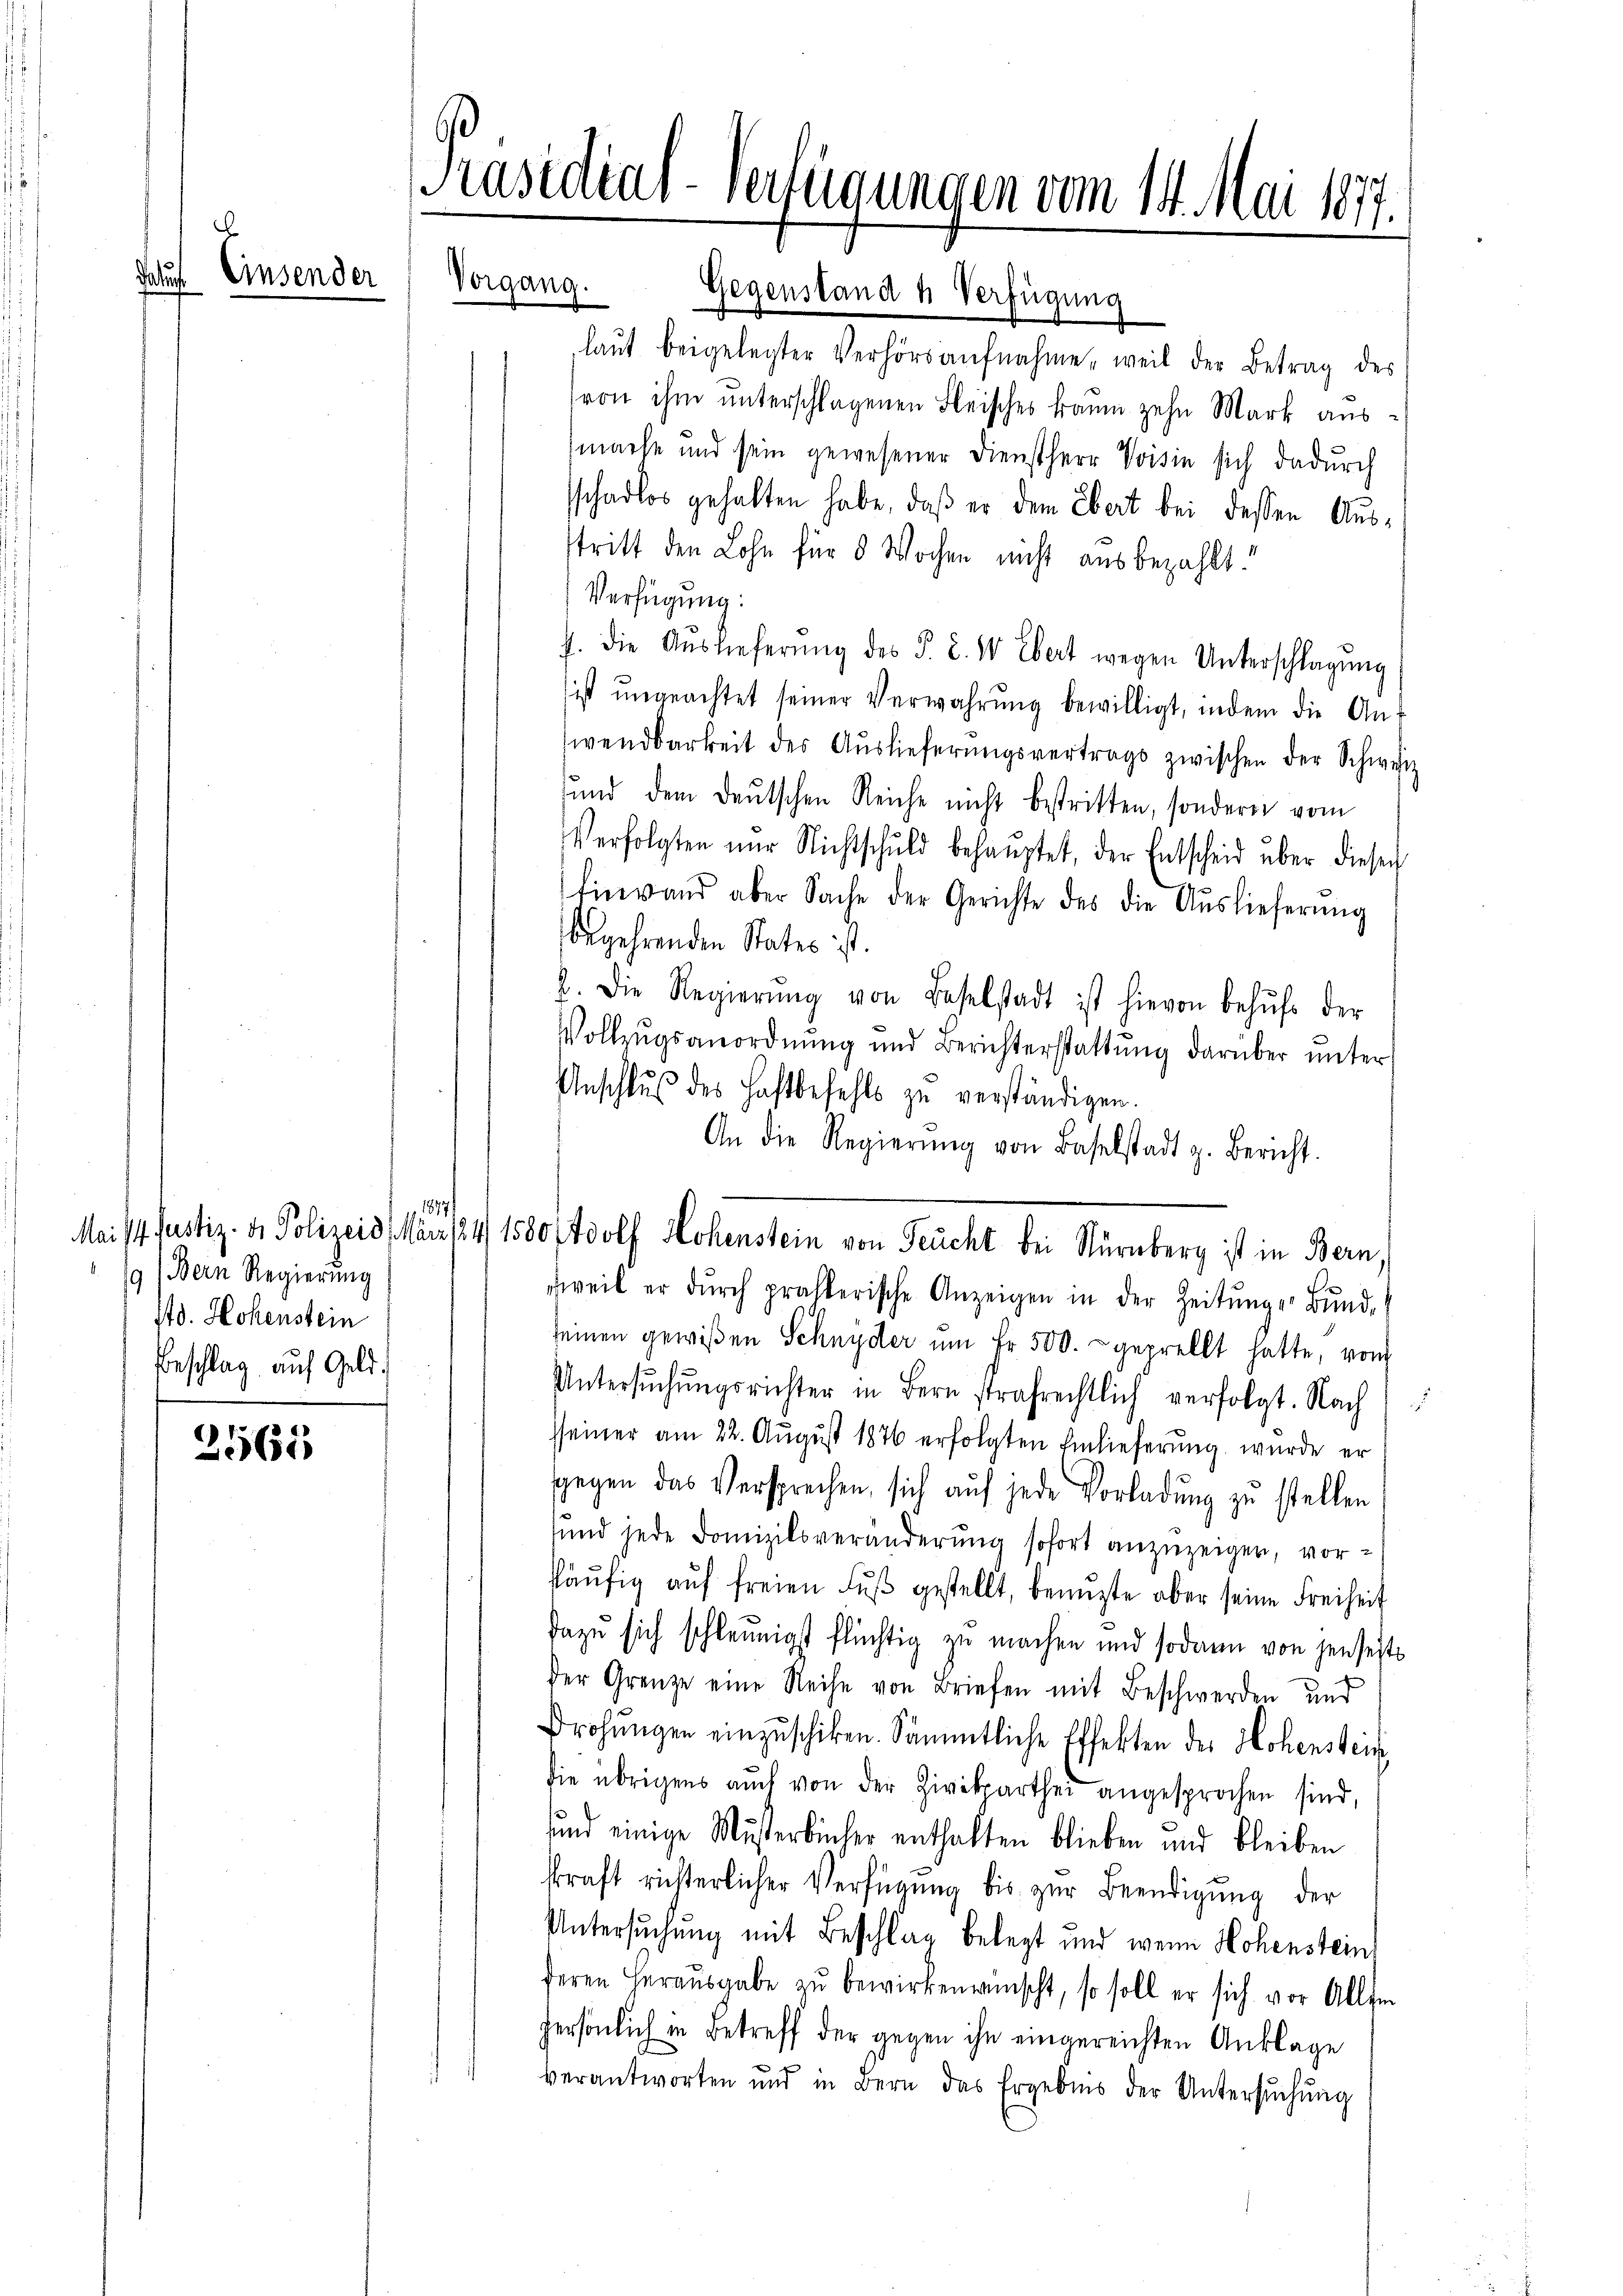
da

Einsender

9 (Bern Regierung
10. Hohenstein
Beschlag auf Geld.

2561

Vorgang.

Gegenstand h. Verfügung
laut beigelegter Verhörsaufnahme, weil der Betrag des
(von ihm unterschlagenen Fleisches kaum zehn Mark ausmache und sein gewesener Dienstherr Voisin sich dadurch
sschadlos gehalten habe, daß er dem Ebert bei dessen Ausstritt den Lohn für 8 Wochen nicht ausbezahlt.
Verfügung:
J. die Aŭslieferŭng des P. C. W Ebert wegen Unterschlagung
ist ungeachtet seiner Verwahrŭng bewilligt, indem die Ant
wendbarkeit des Auslieferŭngsvertrags zwischen der Schweiz
und dem deŭtschen Reiche nicht bestritten, sondern vom
Verfolgten nur Nichtschuld behaŭptet, der Entscheid über dieser
hinwand aber Sache der Gerichte des die Aŭslieferŭng
begehrenden States ist.
2. Die Regierŭng von Baselstadt ist hievon behŭfs der
Vollzugsanordnung und Berichterstattung darüber unter
Anschlŭβ des Haftbefehls zu verständigen.
An die Regierŭng von Baselstadt z. Bericht.
 1877/
sweil er dŭrch prasterische Anzeigen in der Zeitŭngen Bunde
seinen gewißen Schnyder ŭm Fr. 500. geprellt hatte, vom
Untersŭchŭngsrichter in Bern strafrechtlich verfolgt. Nach
sseiner am 22. August 1876 erfolgten Einlieferung wurde er
gegen das Versprechen, sich auf jede Vorladung zu stellen
und jede Domizilsveränderung sofort anzuzeiger, vor¬
Pläŭfig aŭf freien Fŭβ gestellt, benuzte aber seine Freiheit
dazu sich schleunigst flüchtig zu machen und sodann von jenseits
der Grenze eine Reihe von Briefen mit Beschwerden und
Drohŭngen einzuschiken. Sämmtliche Effekten der Hohenstein
die übrigens auch von der Zivilparthei angesprochen sind,
sund einige Musterbücher enthalten blieben und bleiben
skraft richterlicher Verfügung bis zŭr Beendigung der
Untersuchung mit Beschlag belegt und wenn Hohenstein
deren Herausgabe zu bewirken wünscht, so soll er sich vor Allem
persönlich in Betreff der gegen ihn eingereichten Anklage
verantworten und in Bern das Ergebnis der Untersŭchŭng

[Präsidial-Verfügungen vom 14. Mai 1877.

Mai/14. Justiz- & Polizeide März 1824, 1580 dolf Hohenstein von Feucht bei Nürnberg ist in Bern,